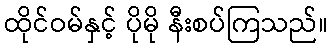
ထိုင်ဝမ်နှင့် ပိုမို နီးစပ်ကြသည်။